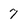
Character: 7